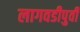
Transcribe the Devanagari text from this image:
लागवडीपुर्वी